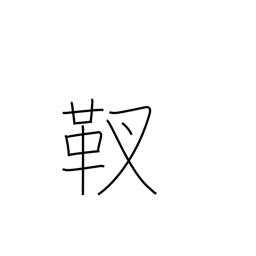
Meaning: quiver